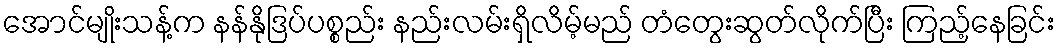
အောင်မျိုးသန့်က နန်နိုဒြပ်ပစ္စည်း နည်းလမ်းရှိလိမ့်မည် တံတွေးဆွတ်လိုက်ပြီး ကြည့်နေခြင်း